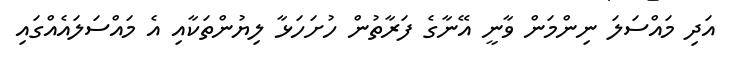
އަދި މައްސަލަ ނިންމަން ވާނީ އޭނާގެ ފަރާތުން ހުށަހަޅާ ލިޔުންތަކާއި އެ މައްސަލައެއްގައި